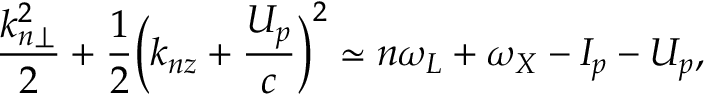
\frac { k _ { n \perp } ^ { 2 } } { 2 } + \frac { 1 } { 2 } \Big ( k _ { n z } + \frac { U _ { p } } { c } \Big ) ^ { 2 } \simeq n \omega _ { L } + \omega _ { X } - I _ { p } - U _ { p } ,